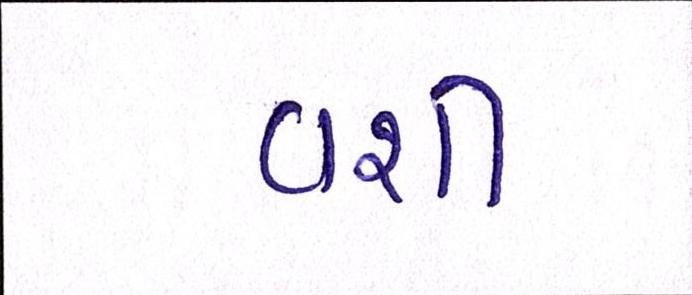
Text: વશી